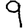
Digit: 9